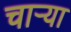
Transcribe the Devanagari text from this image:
चाऱ्या